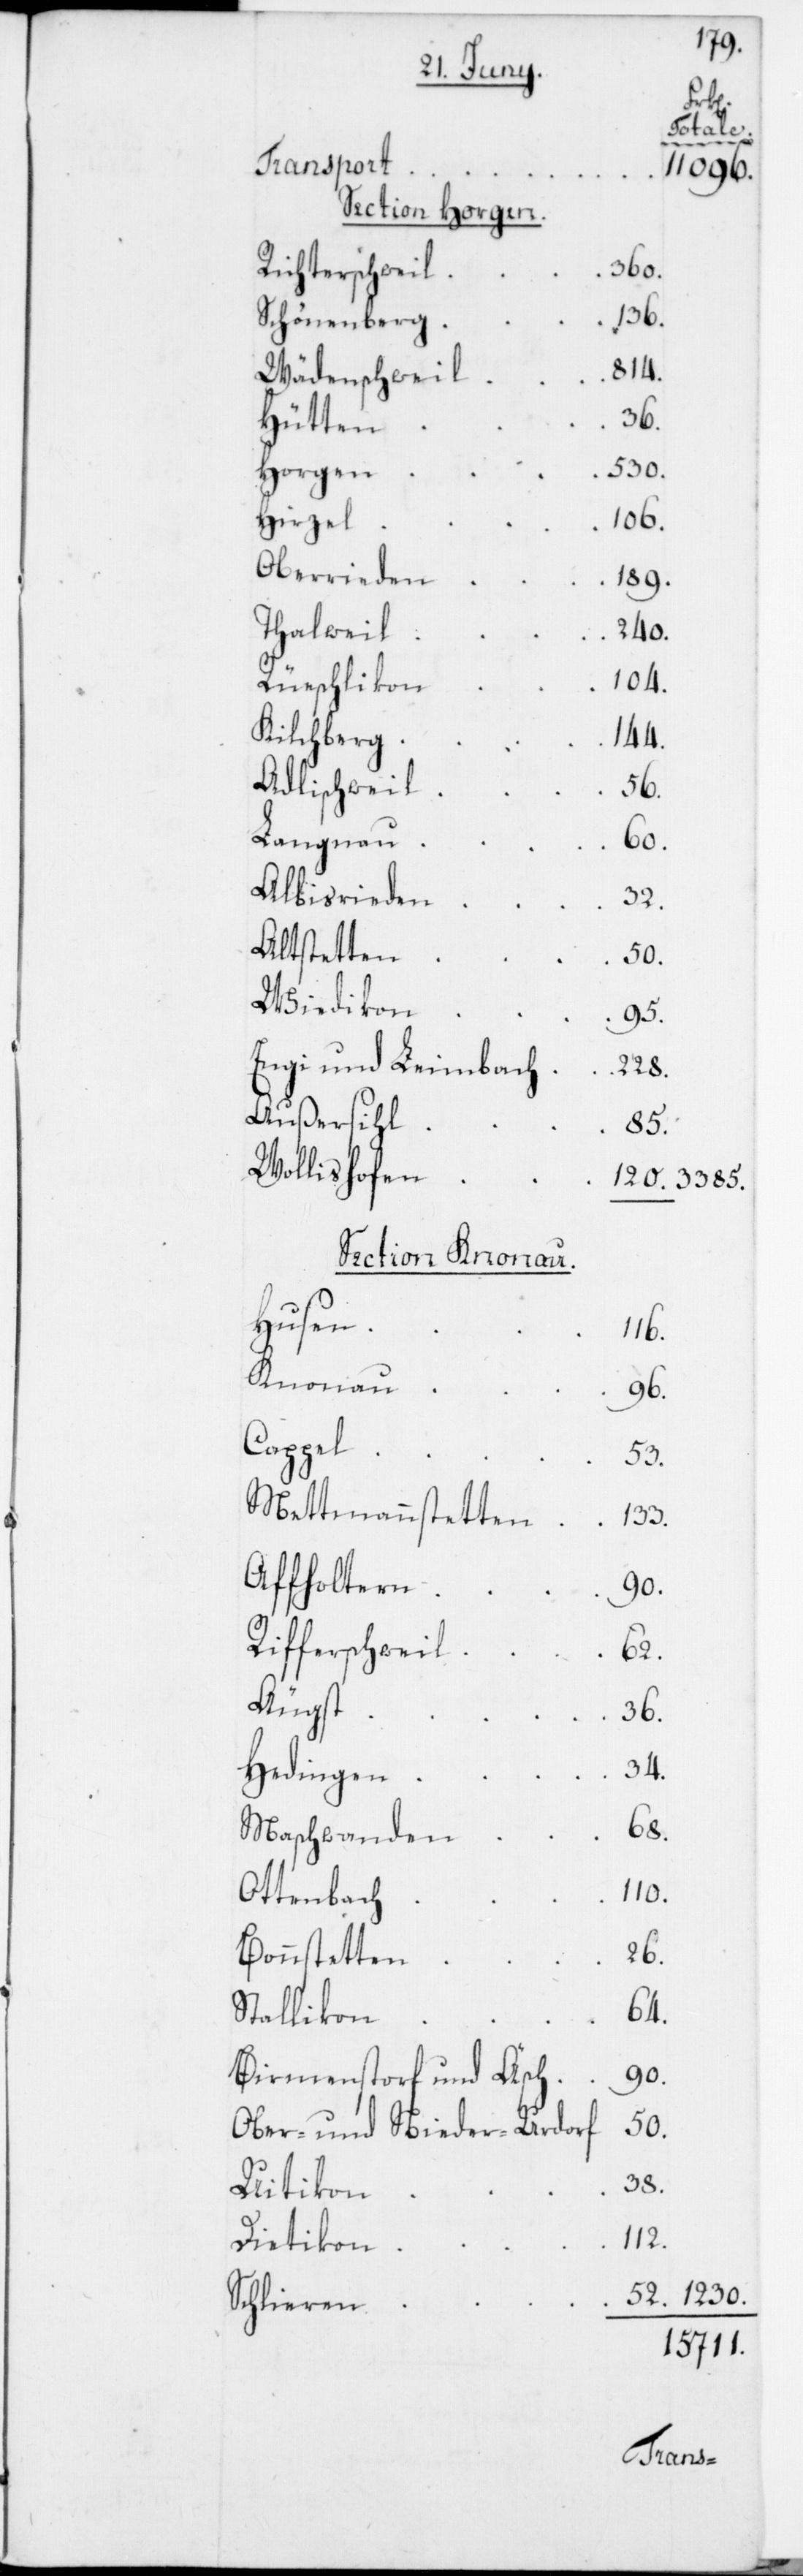
Transport
Richterschweil
360.
Schönenberg
1230.
34.
Wädenschweil
36.
Hütten
Horgen
530.
Hirzel
106.
Oberrieden
189.
Thalweil
240.
Rüeschlikon
104.
Kilchberg
144.
Adlischweil
56.
Langnau
68.
Albisrieden
32.
Altstetten
50.
Wiedikon
95.
Engi und Leimbach
Außersihl
133.
Wollishofen
Section Knonau.
Husen
116.
Knonau
96.
Cappel
Affholtern
Rifferschweil
Äugst
Hedingen
Maschwanden
110.
Ottenbach
26.
Bonstetten
64.
Stallikon
Birmenstorf und Äsch
90.
Ober- und Nieder-Urdorf
3385.
Uitikon
52.
112.
Dietikon
Schlieren

11 096.